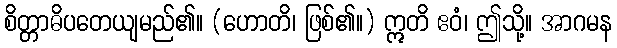
စိတ္တာဓိပတေယျမည်၏။ (ဟောတိ၊ ဖြစ်၏။) ဣတိ ဧဝံ၊ ဤသို့။ အာဂမန